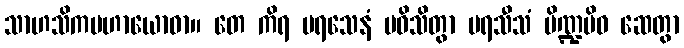
သာဟသိကမဟာယောဓာ။ တေ ကိရ ပရသေနံ ပဝိသိတွာ ပရသီသံ ပိဏ္ဍမိဝ ဆေတွာ